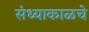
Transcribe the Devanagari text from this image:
संध्याकाळचे